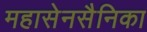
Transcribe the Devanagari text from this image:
महासेनसैनिका